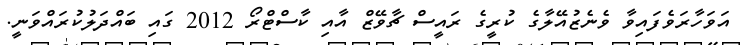
އަވަހާރަވެފައިވާ ވެނެޒުއޭލާގެ ކުރީގެ ރައީސް ޗާވޭޒް އާއި ކާސްޓްރޯ 2012 ގައި ބައްދަލުކުރައްވަނީ.